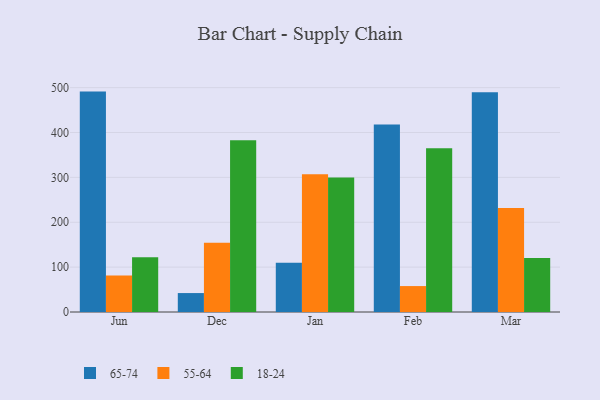
{"axis": {"x": "Month", "y": "Population (Million)"}, "legend": ["18-24", "55-64", "65-74"], "data": [{"x": "Jun", "y": 491.2, "type": "65-74"}, {"x": "Jun", "y": 81.1, "type": "55-64"}, {"x": "Jun", "y": 121.9, "type": "18-24"}, {"x": "Dec", "y": 42.2, "type": "65-74"}, {"x": "Dec", "y": 154.1, "type": "55-64"}, {"x": "Dec", "y": 382.6, "type": "18-24"}, {"x": "Jan", "y": 109.5, "type": "65-74"}, {"x": "Jan", "y": 306.9, "type": "55-64"}, {"x": "Jan", "y": 299.9, "type": "18-24"}, {"x": "Feb", "y": 417.7, "type": "65-74"}, {"x": "Feb", "y": 57.8, "type": "55-64"}, {"x": "Feb", "y": 364.7, "type": "18-24"}, {"x": "Mar", "y": 489.7, "type": "65-74"}, {"x": "Mar", "y": 232.0, "type": "55-64"}, {"x": "Mar", "y": 120.2, "type": "18-24"}]}